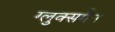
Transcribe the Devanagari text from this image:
ग्लुक्समैन